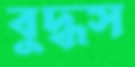
বুদ্ধস